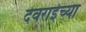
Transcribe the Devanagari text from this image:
देवराईच्या